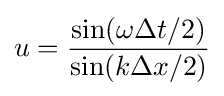
u={\frac {\sin(\omega \Delta t/2)}{\sin(k\Delta x/2)}}